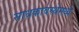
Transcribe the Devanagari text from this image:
साधकावस्थेमध्ये